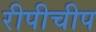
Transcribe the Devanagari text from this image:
रीपीचीप